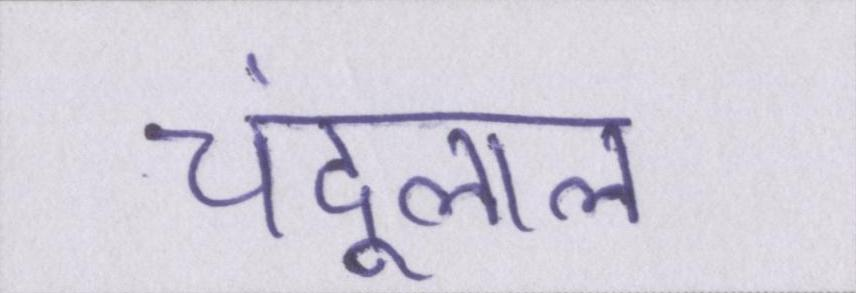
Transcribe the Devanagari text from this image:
चंदूलाल